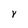
Character: Y